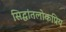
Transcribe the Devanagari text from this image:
सिद्धांतलोकप्रिय